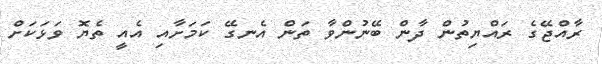
ރާއްޖޭގެ ރައްޔިތުން ދާން ބޭނުންވާ ތަން އެނގޭ ކަމަށާއި އެއީ ތެޔޮ ވަޅަކަށް